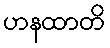
ဟနထာတိ